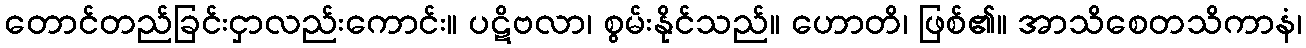
တောင်တည်ခြင်းငှာလည်းကောင်း။ ပဋိဗလာ၊ စွမ်းနိုင်သည်။ ဟောတိ၊ ဖြစ်၏။ အာသိစေတသိကာနံ၊